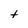
Character: t